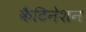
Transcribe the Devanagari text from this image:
कैटिनेशन